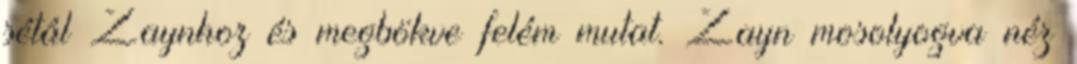
sétál Zaynhoz és megbökve felém mutat. Zayn mosolyogva néz